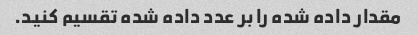
مقدار داده شده را بر عدد داده شده تقسیم کنید.